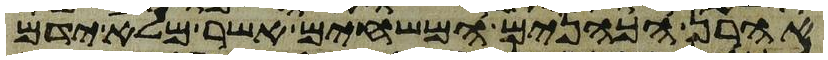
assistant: אהרן הכהנים המשחים אשר מלא ידם